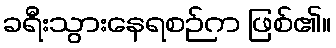
ခရီးသွားနေရစဉ်က ဖြစ်၏။